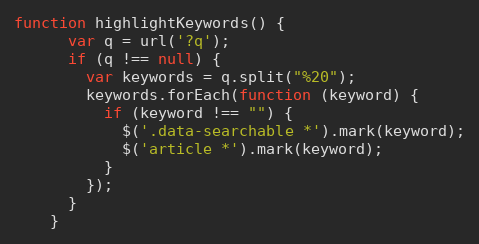
Language: JavaScript
function highlightKeywords() {
      var q = url('?q');
      if (q !== null) {
        var keywords = q.split("%20");
        keywords.forEach(function (keyword) {
          if (keyword !== "") {
            $('.data-searchable *').mark(keyword);
            $('article *').mark(keyword);
          }
        });
      }
    }